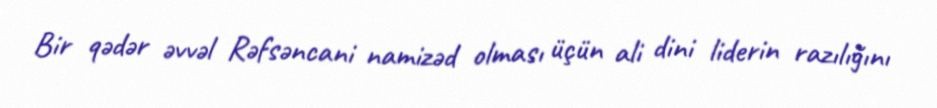
Bir qədər əvvəl Rəfsəncani namizəd olması üçün ali dini liderin razılığını